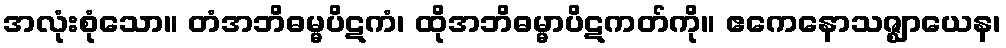
အလုံးစုံသော။ တံအဘိဓမ္မပိဋကံ၊ ထိုအဘိဓမ္မာပိဋကတ်ကို။ ဧကေနောသဇ္ဈာယေန၊